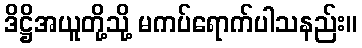
ဒိဋ္ဌိအယူတို့သို့ မကပ်ရောက်ပါသနည်း။